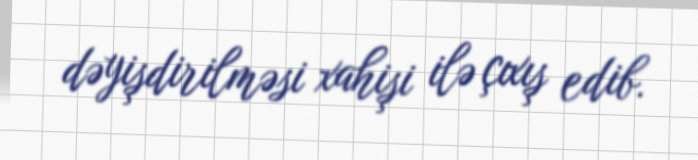
dəyişdirilməsi xahişi ilə çıxış edib.